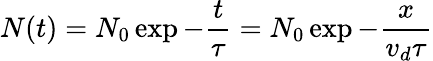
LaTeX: N(t)=N_{0}\exp{-\frac{t}{\tau}}=N_{0}\exp{-\frac{x}{v_{d}\tau}}